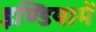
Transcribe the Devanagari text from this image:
इण्डियामें